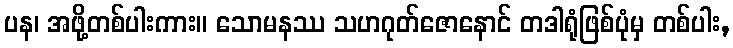
ပန၊ အဖို့တစ်ပါးကား။ သောမနဿ သဟဂုတ်ဇောနောင် တဒါရုံဖြစ်ပုံမှ တစ်ပါး,